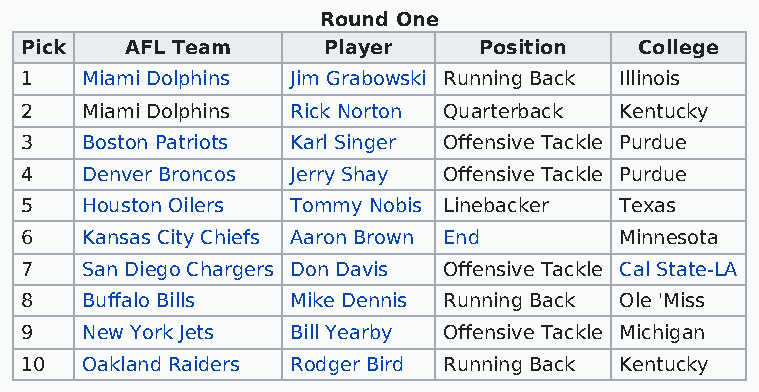
Round One
 Pick   AFL Team     Player     Position  College
 1   Miami Dolphins Jim Grabowski Running Back Illinois
 2   Miami Dolphins Rick Norton Quarterback Kentucky
 3   Boston Patriots Karl Singer Offensive Tackle Purdue
 4   Denver Broncos Jerry Shay Offensive Tackle Purdue
 5   Houston Oilers Tommy Nobis Linebacker Texas
 6   Kansas City Chiefs Aaron Brown End  Minnesota
 7   San Diego Chargers Don Davis Offensive Tackle Cal State-LA
 8   Buffalo Bills Mike Dennis Running Back Ole 'Miss
 9   New York Jets Bill Yearby Offensive Tackle Michigan
 10  Oakland Raiders Rodger Bird Running Back Kentucky